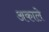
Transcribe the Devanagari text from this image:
अकाले